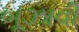
બૂઝાવી